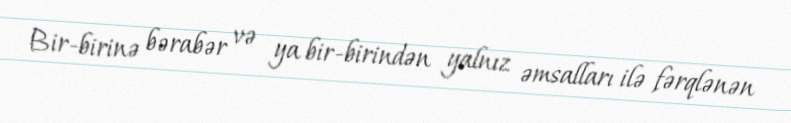
Bir-birinə bərabər və ya bir-birindən yalnız əmsalları ilə fərqlənən